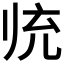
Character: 𱍮